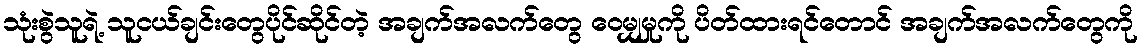
သုံးစွဲသူရဲ့ သူငယ်ချင်းတွေပိုင်ဆိုင်တဲ့ အချက်အလက်တွေ ဝေမျှမှုကို ပိတ်ထားရင်တောင် အချက်အလက်တွေကို